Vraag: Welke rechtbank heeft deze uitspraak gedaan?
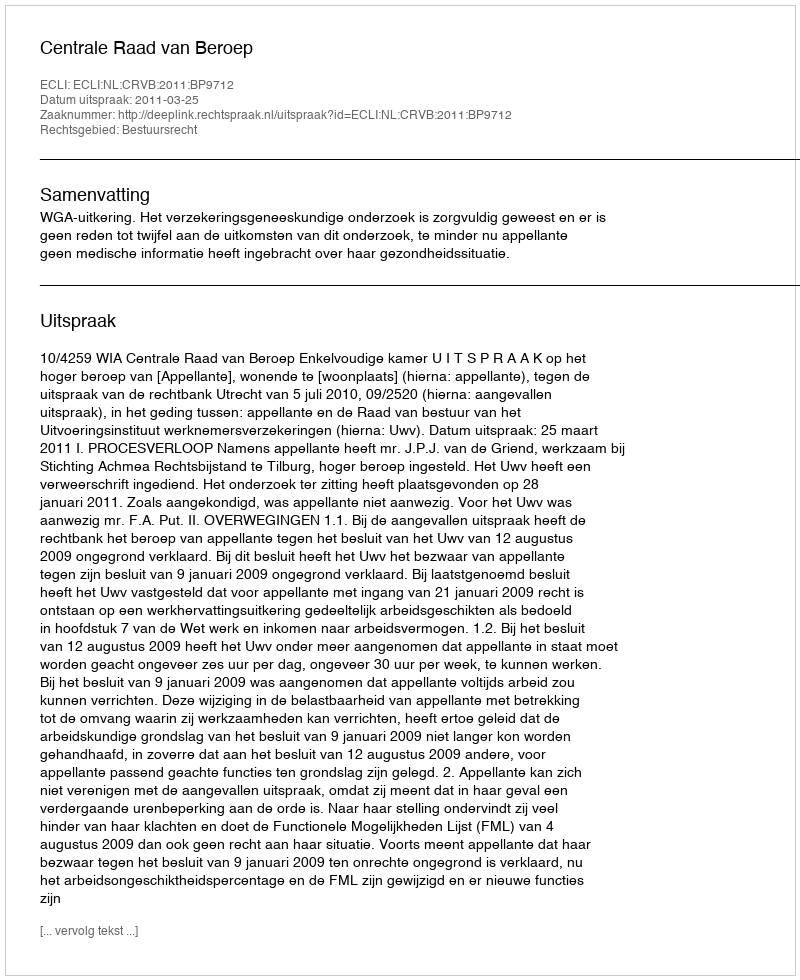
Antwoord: Centrale Raad van Beroep